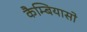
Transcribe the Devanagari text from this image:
कैम्बियासो